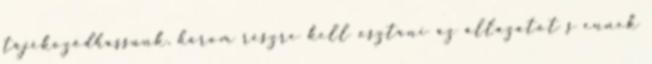
tájékozódhassunk, három részre kell osztani az állazatot s ennek